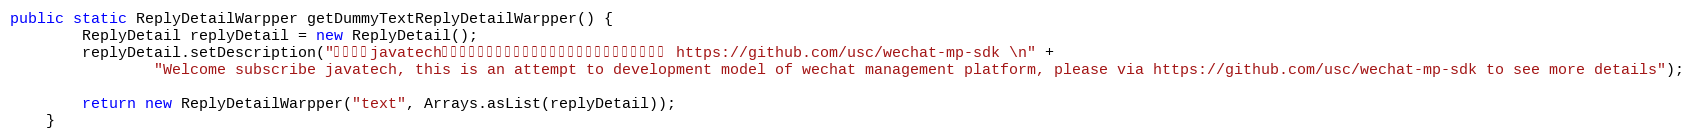
Language: Java
public static ReplyDetailWarpper getDummyTextReplyDetailWarpper() {
        ReplyDetail replyDetail = new ReplyDetail();
        replyDetail.setDescription("欢迎订阅javatech，这是微信公众平台开发模式的一个尝试，更多详情请见 https://github.com/usc/wechat-mp-sdk \n" +
                "Welcome subscribe javatech, this is an attempt to development model of wechat management platform, please via https://github.com/usc/wechat-mp-sdk to see more details");

        return new ReplyDetailWarpper("text", Arrays.asList(replyDetail));
    }